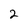
Character: 2